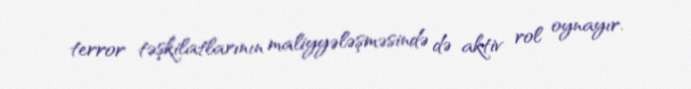
terror təşkilatlarının maliyyələşməsində də aktiv rol oynayır.